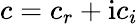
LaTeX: c=c_{r}+\mathrm{i}c_{i}